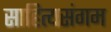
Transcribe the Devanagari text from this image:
साहित्यसंगम